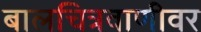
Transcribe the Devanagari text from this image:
बालचित्रवाणीवर